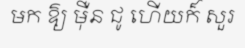
មក ឱ្យ ម៉ឺន ជូ ហើយក៏ សួរ